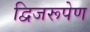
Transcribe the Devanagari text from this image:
द्विजरूपेण